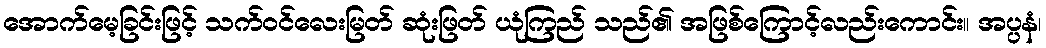
အောက်မေ့ခြင်းဖြင့် သက်ဝင်လေးမြတ် ဆုံးဖြတ် ယုံကြည် သည်၏ အဖြစ်ကြောင့်လည်းကောင်း။ အပ္ပနံ၊